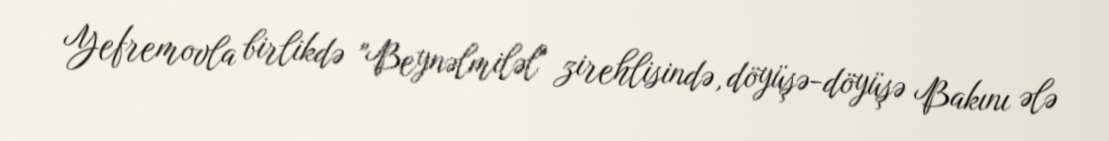
Yefremovla birlikdə "Beynəlmiləl" zirehlisində, döyüşə-döyüşə Bakını ələ